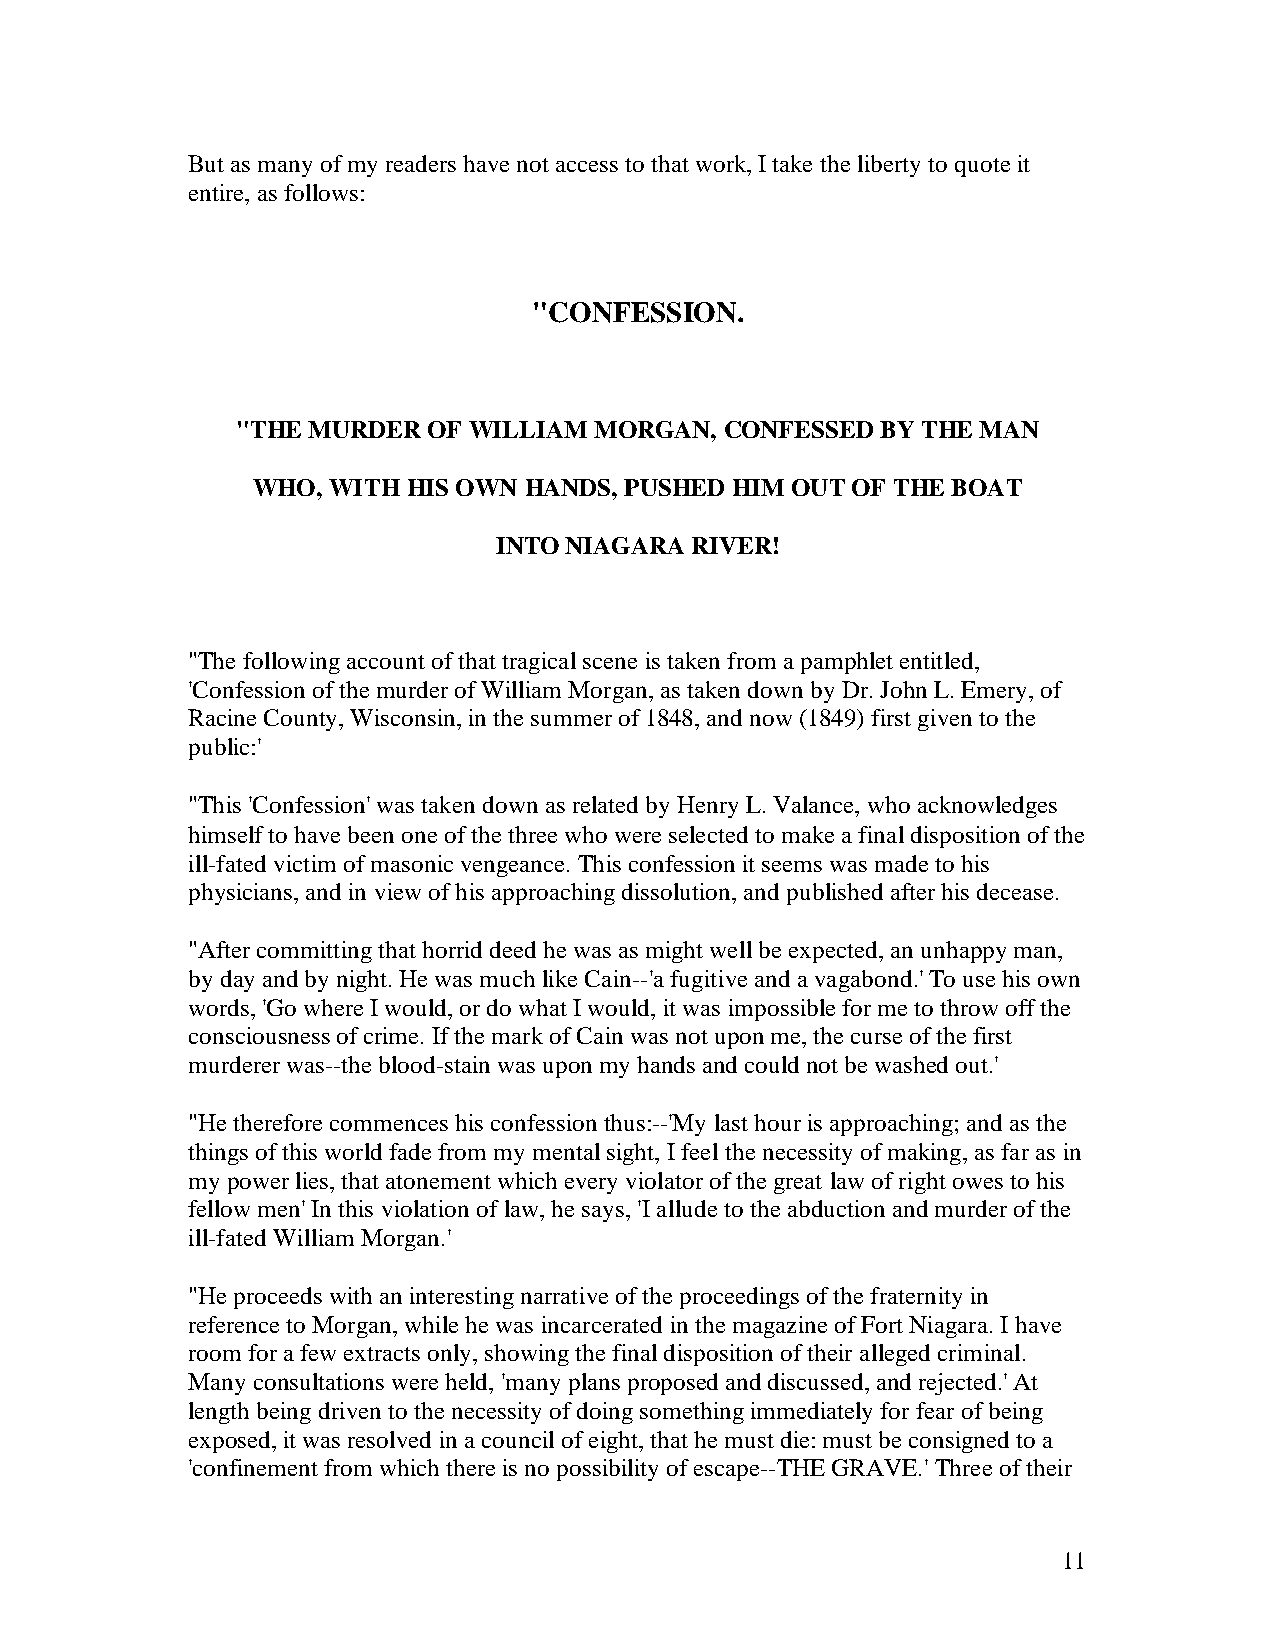
But as many of my readers have not access to that work, I take the liberty to quote it
 entire, as follows:
 "CONFESSION.
 "THE MURDER OF WILLIAM MORGAN,  CONFESSED BY THE MAN
 WHO, WITH HIS OWN HANDS, PUSHED HIM OUT OF THE BOAT
 INTO NIAGARA RIVER!
 "The following account of that tragical scene is taken from a pamphlet entitled,
 'Confession of the murder of William Morgan, as taken down by Dr. John L. Emery, of
 Racine County, Wisconsin, in the summer of 1848, and now (1849) first given to the
 public:'
 "This 'Confession' was taken down as related by Henry L. Valance, who acknowledges
 himself to have been one of the three who were selected to make a final disposition of the
 ill-fated victim of masonic vengeance. This confession it seems was made to his
 physicians, and in view of his approaching dissolution, and published after his decease.
 "After committing that horrid deed he was as might well be expected, an unhappy man,
 by day and by night. He was much like Cain--'a fugitive and a vagabond.' To use his own
 words, 'Go where I would, or do what I would, it was impossible for me to throw off the
 consciousness of crime. If the mark of Cain was not upon me, the curse of the first
 murderer was--the blood-stain was upon my hands and could not be washed out.'
 "He therefore commences his confession thus:--'My last hour is approaching; and as the
 things of this world fade from my mental sight, I feel the necessity of making, as far as in
 my power lies, that atonement which every violator of the great law of right owes to his
 fellow men' In this violation of law, he says, 'I allude to the abduction and murder of the
 ill-fated William Morgan.'
 "He proceeds with an interesting narrative of the proceedings of the fraternity in
 reference to Morgan, while he was incarcerated in the magazine of Fort Niagara. I have
 room for a few extracts only, showing the final disposition of their alleged criminal.
 Many consultations were held, 'many plans proposed and discussed, and rejected.' At
 length being driven to the necessity of doing something immediately for fear of being
 exposed, it was resolved in a council of eight, that he must die: must be consigned to a
 'confinement from which there is no possibility of escape--THE GRAVE.' Three of their
 11